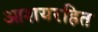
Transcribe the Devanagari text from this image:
आशयरहित